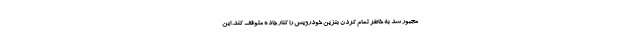
مجبور شد به خاطر تمام کردن بنزین خودرویش را کنار جاده متوقف کند. این